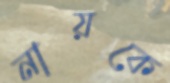
নায়কে